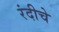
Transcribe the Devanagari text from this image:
रंदीचे